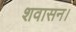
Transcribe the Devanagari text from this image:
शवासन।